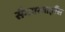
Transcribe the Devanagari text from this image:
सैमपरवाइरैंस